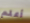
أعلم